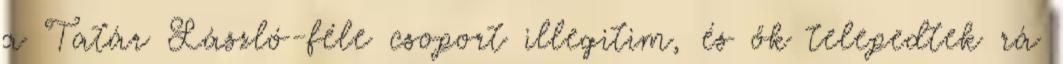
a Tatár László-féle csoport illegitim, és ők telepedtek rá